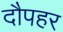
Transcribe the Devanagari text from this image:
दौपहर